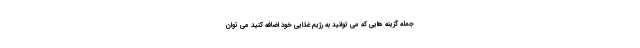
جمله گزینه هایی که می توانید به رژیم غذایی خود اضافه کنید می توان